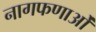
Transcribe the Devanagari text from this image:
नागफणाओं